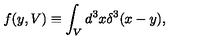
f ( y , V ) \equiv \int _ { V } d ^ { 3 } x \delta ^ { 3 } ( x - y ) ,